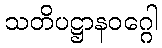
သတိပဋ္ဌာနဝဂ္ဂေါ